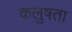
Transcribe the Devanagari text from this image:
कलुषता